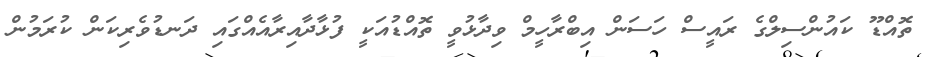
ތޮއްޑޫ ކައުންސިލްގެ ރައީސް ހަސަން އިބްރާހީމް ވިދާޅުވީ ތޮއްޑުއަކީ ފުޅާދާއިރާއެއްގައި ދަނޑުވެރިކަން ކުރަމުން